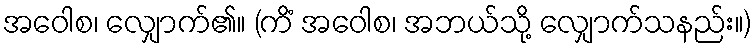
အဝေါစ၊ လျှောက်၏။ (ကိံ အဝေါစ၊ အဘယ်သို့ လျှောက်သနည်း။)